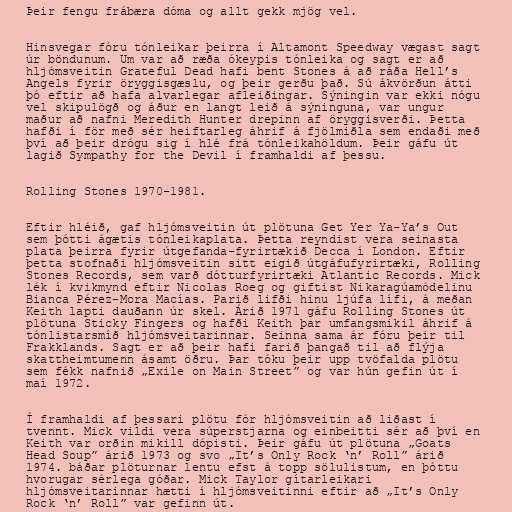
Þeir fengu frábæra dóma og allt gekk mjög vel.

Hinsvegar fóru tónleikar þeirra í Altamont Speedway vægast sagt
úr böndunum. Um var að ræða ókeypis tónleika og sagt er að
hljómsveitin Grateful Dead hafi bent Stones á að ráða Hell’s
Angels fyrir öryggisgæslu, og þeir gerðu það. Sú ákvörðun átti
þó eftir að hafa alvarlegar afleiðingar. Sýningin var ekki nógu
vel skipulögð og áður en langt leið á sýninguna, var ungur
maður að nafni Meredith Hunter drepinn af öryggisverði. Þetta
hafði í för með sér heiftarleg áhrif á fjölmiðla sem endaði með
því að þeir drógu sig í hlé frá tónleikahöldum. Þeir gáfu út
lagið Sympathy for the Devil í framhaldi af þessu.

Rolling Stones 1970-1981.

Eftir hléið, gaf hljómsveitin út plötuna Get Yer Ya-Ya’s Out
sem þótti ágætis tónleikaplata. Þetta reyndist vera seinasta
plata þeirra fyrir útgefanda-fyrirtækið Decca í London. Eftir
þetta stofnaði hljómsveitin sitt eigið útgáfufyrirtæki, Rolling
Stones Records, sem varð dótturfyrirtæki Atlantic Records. Mick
lék í kvikmynd eftir Nicolas Roeg og giftist Nikaragúamódelinu
Bianca Pérez-Mora Macías. Parið lifði hinu ljúfa lífi, á meðan
Keith lapti dauðann úr skel. Árið 1971 gáfu Rolling Stones út
plötuna Sticky Fingers og hafði Keith þar umfangsmikil áhrif á
tónlistarsmíð hljómsveitarinnar. Seinna sama ár fóru þeir til
Frakklands. Sagt er að þeir hafi farið þangað til að flýja
skattheimtumenn ásamt öðru. Þar tóku þeir upp tvöfalda plötu
sem fékk nafnið „Exile on Main Street” og var hún gefin út í
maí 1972.

Í framhaldi af þessari plötu fór hljómsveitin að liðast í
tvennt. Mick vildi vera súperstjarna og einbeitti sér að því en
Keith var orðin mikill dópisti. Þeir gáfu út plötuna „Goats
Head Soup” árið 1973 og svo „It’s Only Rock ‘n’ Roll” árið
1974. báðar plöturnar lentu efst á topp sölulistum, en þóttu
hvorugar sérlega góðar. Mick Taylor gítarleikari
hljómsveitarinnar hætti í hljómsveitinni eftir að „It’s Only
Rock ‘n’ Roll” var gefinn út.